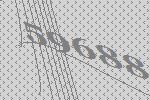
59688